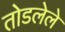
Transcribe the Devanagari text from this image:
तोडलेले